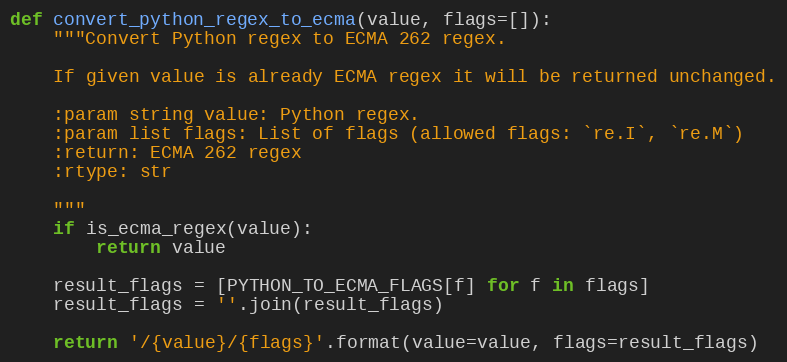
Language: Python
def convert_python_regex_to_ecma(value, flags=[]):
    """Convert Python regex to ECMA 262 regex.

    If given value is already ECMA regex it will be returned unchanged.

    :param string value: Python regex.
    :param list flags: List of flags (allowed flags: `re.I`, `re.M`)
    :return: ECMA 262 regex
    :rtype: str

    """
    if is_ecma_regex(value):
        return value

    result_flags = [PYTHON_TO_ECMA_FLAGS[f] for f in flags]
    result_flags = ''.join(result_flags)

    return '/{value}/{flags}'.format(value=value, flags=result_flags)